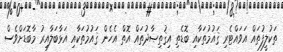
ތަކުލީފުތައް އަވައްޓެރި ޤައުމުތަކާއި ބޮޑެތި އިޤުތިޞާދުތައް އޮތް އެހެން ޤައުމުތަކާއި އަޅާބަލާއިރު މާބޮޑަށްވެސް